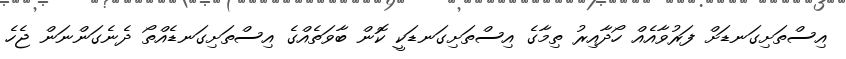
އިސްތަށިގަނޑަށް ފަރުވާއެއް ހޯދާއިރު ތިމާގެ އިސްތަށިގަނޑަކީ ކޮން ބާވަތެއްގެ އިސްތަށިގަނޑެއްތޯ ދެނެގަންނަން ޖެހެ